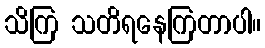
သိကြ သတိရနေကြတာပါ။